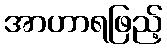
အာဟာရဖြည့်